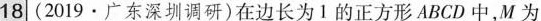
18 (2019·广东深圳调研)在边长为1的正方形ABCD中，M为